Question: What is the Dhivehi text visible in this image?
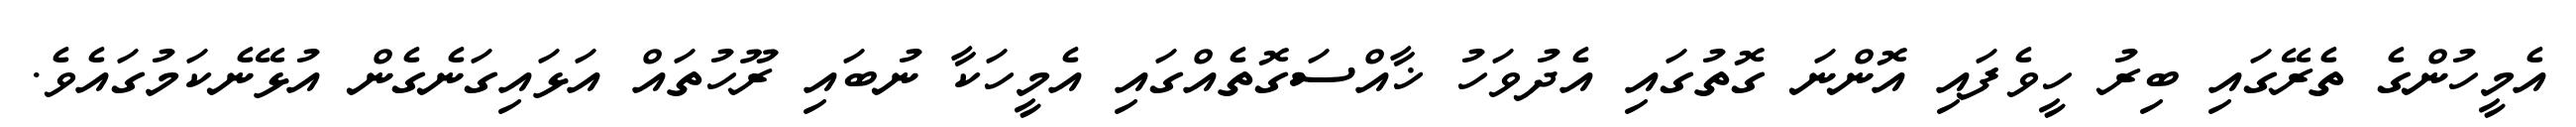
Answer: އެމީހުންގެ ތެރޭގައި ބިރު ހީވެފައި އޮންނަ ގޮތުގައި އެދުވަހު ޚާއްސަގޮތެއްގައި އެމީހަކާ ނުބައި ރޫހުތައް އަޅައިގަނެގެން އުޅޭނެކަމުގައެވެ.